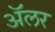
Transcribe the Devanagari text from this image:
ॲलर